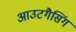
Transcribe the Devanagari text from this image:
आउटगैसिंग